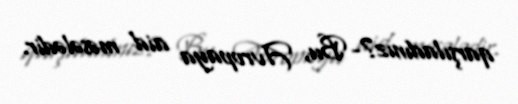
qarşıladınız?- Bu, Avropaya aid məsələdir.